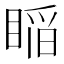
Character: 𥈺